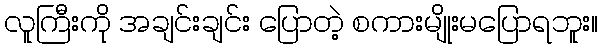
လူကြီးကို အချင်းချင်း ပြောတဲ့ စကားမျိုးမပြောရဘူး။